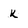
Character: k